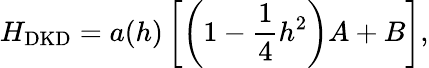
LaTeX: H_{\mathrm{DKD}}=a(h)\left[\left(1-\frac 14h^{2}\right)A+B\right],